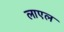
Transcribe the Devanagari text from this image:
लाएल